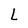
Character: L